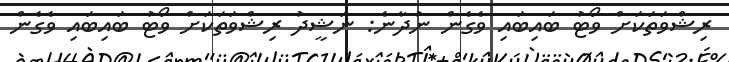
ރިޝްވަތަކަށް ވޯޓު ބައިބައި ވެގެން ނުދާނެ: ނަޝީދު ރިޝްވަތަކަށް ވޯޓު ބައިބައި ވެގެން